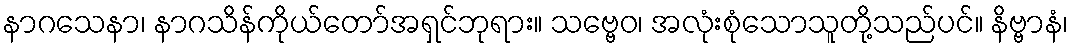
နာဂသေနာ၊ နာဂသိန်ကိုယ်တော်အရှင်ဘုရား။ သဗ္ဗေဝ၊ အလုံးစုံသောသူတို့သည်ပင်။ နိဗ္ဗာနံ၊